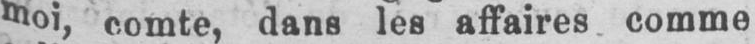
moi, comte, dans les affaires comme